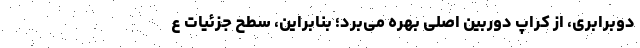
دوبرابری، از کراپ دوربین اصلی بهره می‌برد؛ بنابراین، سطح جزئیات ع